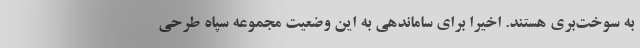
به سوخت‌بری هستند. اخیرا برای ساماندهی به این وضعیت مجموعه سپاه طرحی